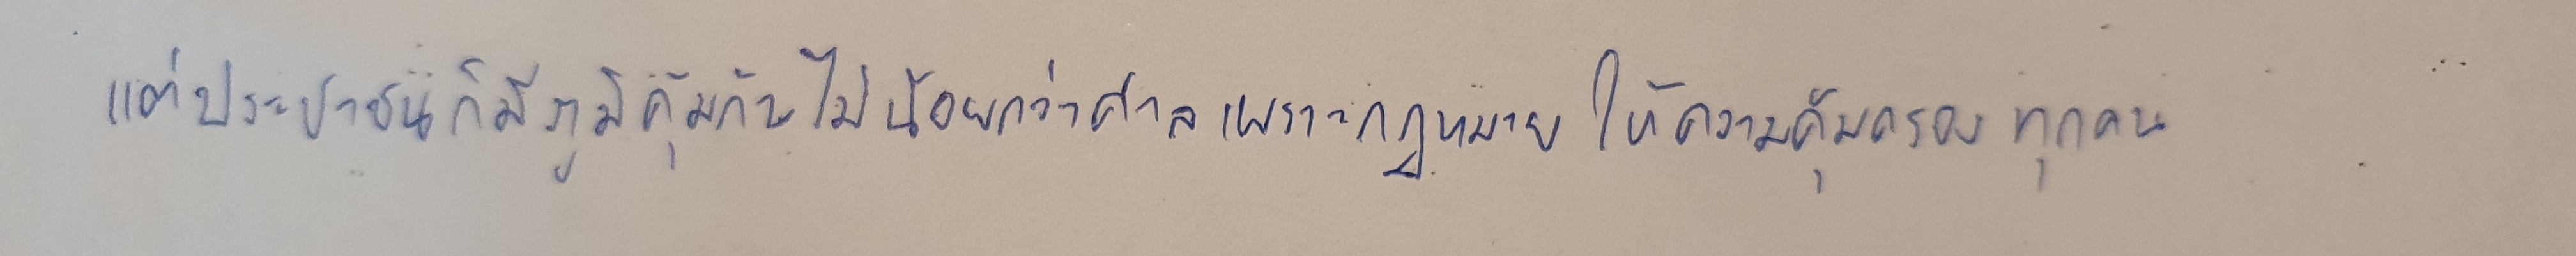
แต่ประชาชนก็มีภูมิคุ้มกันไม่น้อยกว่าศาลเพราะกฎหมายให้ความคุ้มครองทุกคน